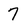
Character: 7